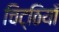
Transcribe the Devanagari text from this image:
चिट्‌ठियाँ